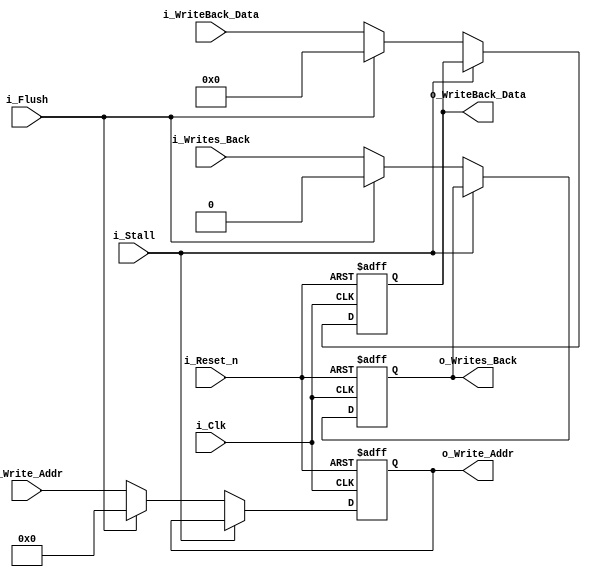
// Pipeline stage
module pipe_mem_wb	#(	parameter ADDRESS_WIDTH = 32,
						parameter DATA_WIDTH = 32,
						parameter REG_ADDR_WIDTH = 5
					)							
					(	
						// Inputs
						input i_Clk,
						input i_Reset_n,	// Async reset (highest priority)
						input i_Flush,			// Flush (2nd highest priority)
						input i_Stall,		// Stall (lowest priority)
						
							// Pipe in/out
						input [DATA_WIDTH-1:0] i_WriteBack_Data,
						output reg [DATA_WIDTH-1:0] o_WriteBack_Data,
						input i_Writes_Back,
						output reg o_Writes_Back,
						input [REG_ADDR_WIDTH-1:0] i_Write_Addr,
						output reg [REG_ADDR_WIDTH-1:0] o_Write_Addr
					);
		
		// Asynchronous output driver
	always @(posedge i_Clk or negedge i_Reset_n)
	begin
		if( !i_Reset_n )
		begin
			// Initialize outputs to 0s
			o_WriteBack_Data <= 0;
			o_Writes_Back <= 0;
			o_Write_Addr <= 0;
		end
		else
		begin
			if( !i_Stall )
			begin
				if( i_Flush )
				begin
					// Pass through all 0s
					o_WriteBack_Data <= 0;
					o_Writes_Back <= 0;
					o_Write_Addr <= 0;
				end
				else
				begin
					// Pass through signals
					o_WriteBack_Data <= i_WriteBack_Data;
					o_Writes_Back <= i_Writes_Back;
					o_Write_Addr <= i_Write_Addr;
				end
			end
		end
	end
	
endmodule